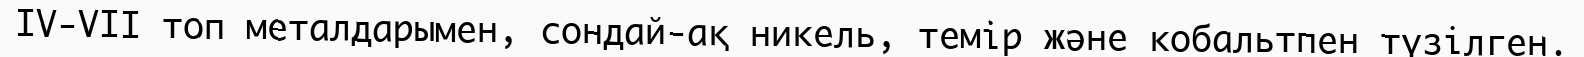
IV-VII топ металдарымен, сондай-ақ никель, темір және кобальтпен түзілген.